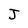
Character: J